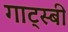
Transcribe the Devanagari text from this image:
गाट्स्बी